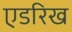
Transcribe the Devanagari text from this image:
एडरिख